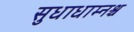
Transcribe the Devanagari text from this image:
सुधाधाम्नश्च